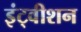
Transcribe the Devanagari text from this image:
इंट्वीशन